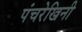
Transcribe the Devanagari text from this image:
पंचरेखिनी